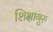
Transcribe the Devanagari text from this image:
शिक्षागुरु